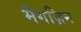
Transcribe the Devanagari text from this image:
मैगज़िन